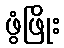
ဖွံဖြိုး